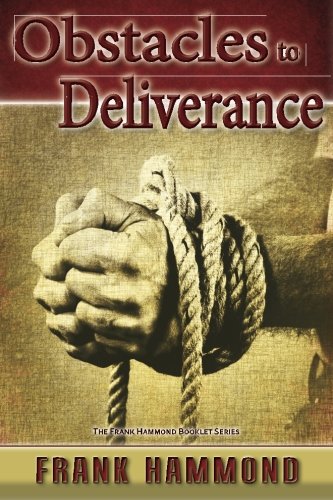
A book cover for Obstacles to Deliverance: Why Deliverance Sometimes Fails (The Frank Hammond Booklet Series); Mr. Frank D. Hammond; Christian Books & Bibles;